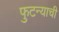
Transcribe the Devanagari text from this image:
फुटन्याची